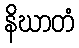
နိဃာတံ